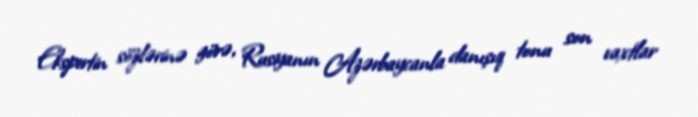
Ekspertin sözlərinə görə, Rusiyanın Azərbaycanla danışıq tonu son vaxtlar